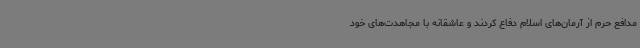
مدافع حرم از آرمان‌های اسلام دفاع کردند و عاشقانه با مجاهدت‌های خود